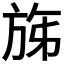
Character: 𣃩